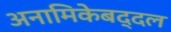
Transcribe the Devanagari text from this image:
अनामिकेबद्दल